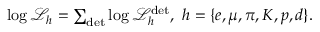
\begin{array} { r } { \log \mathcal { L } _ { h } = \sum _ { \mathrm { d e t } } \log \mathcal { L } _ { h } ^ { \mathrm { d e t } } , ~ h = \{ e , \mu , \pi , K , p , d \} . } \end{array}